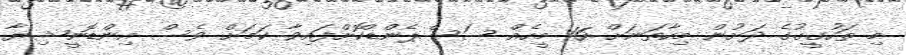
މި ތަހުގީގުގެ ދަށުން މިހާތަނަށް 16 މީހެއް ސަސްޕެންޑްކޮށްފައިވާ ކަމަށް ވެސް އިންޑޮނީޝިޔާ